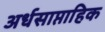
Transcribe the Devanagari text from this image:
अर्धसाप्ताहिक